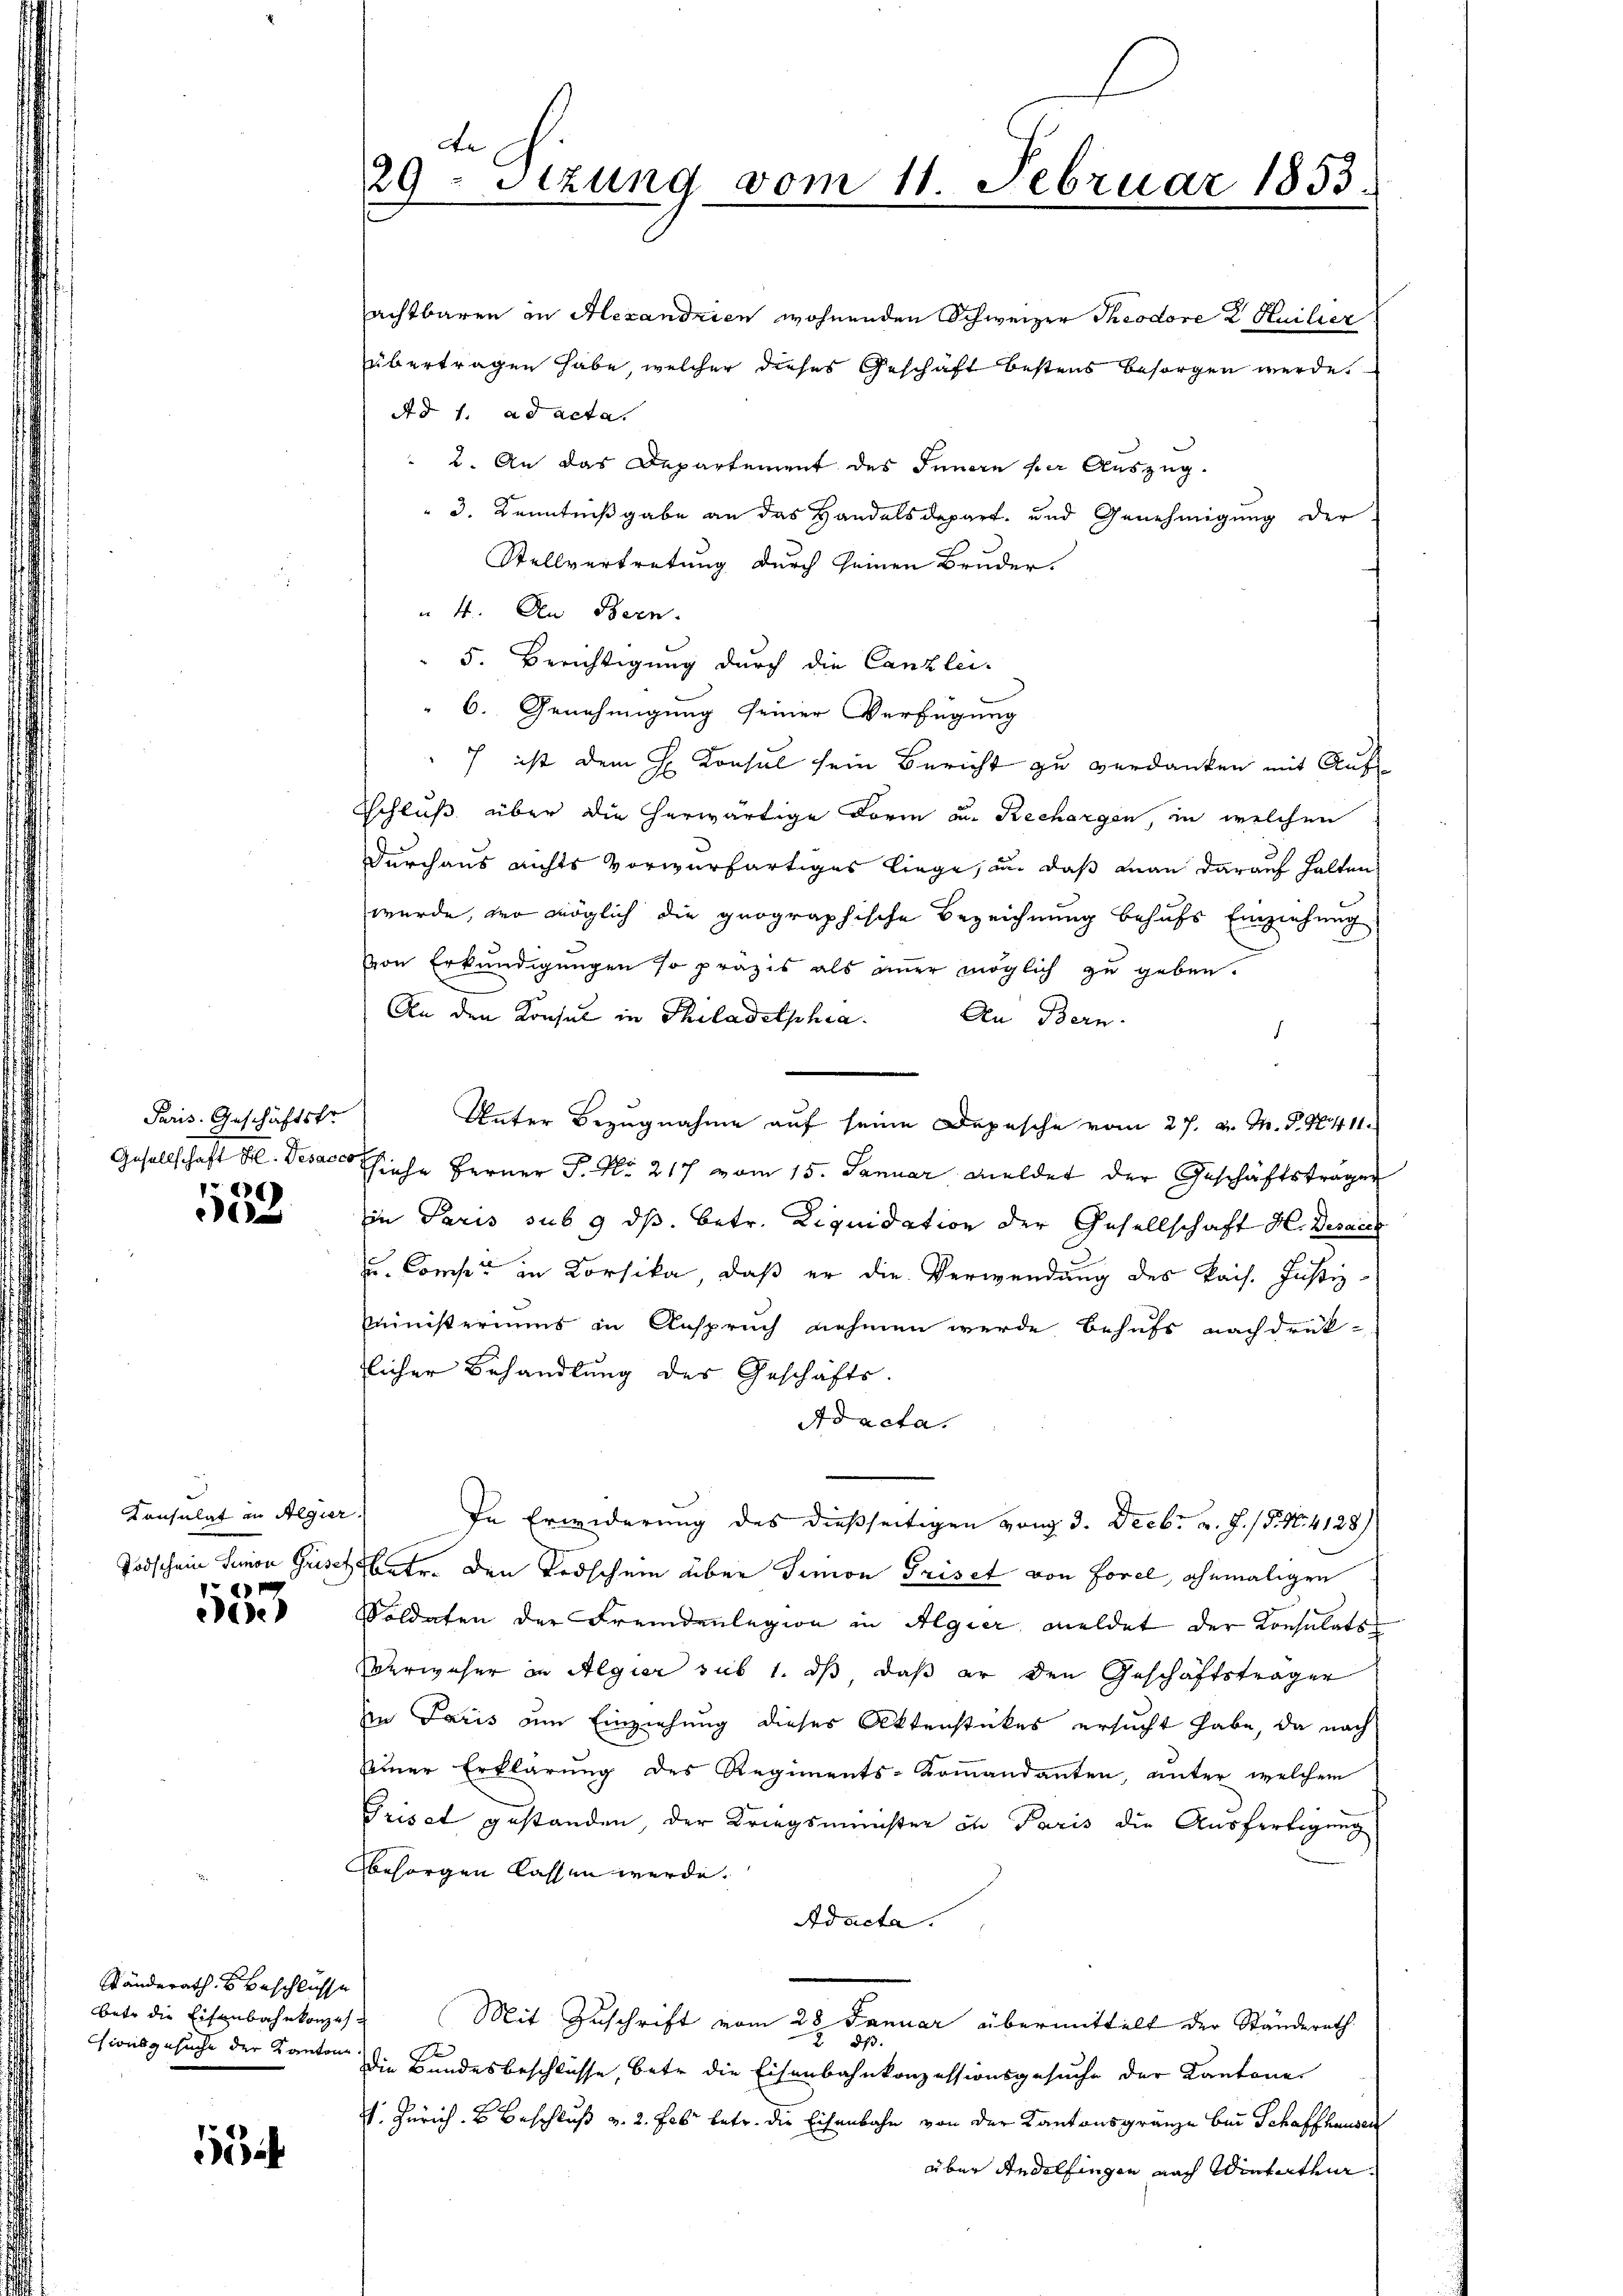
Paris. Geschäftstr
6

2

Konsulat an Algier.
1

eese

Ständeraths Beschlüsse
sionsgesuche der Kanton.

1

de
29 Stzung vom 11. Februar 1853.

achtbaren in Alexandrien wohnenden Schweizer Theodore D Huilier
übertragen habe, welcher dieses Geschäft bestens besorgen werde.
Ad 1. ad acta.
 2. An das Departement des Innern per Auszug.
 3. Kenntnißgabe an das Handelsdepart, und Genehmigung der
Stellvertretung durch seinen Bruder.
 4. An Bern.
5. Berichtigung durch die Canzlei-
" 6. Genehmigung seiner Verfügung
7 ist dem H. Konsul sein Bericht zu verdanken mit Auf
Eschluß über die herwärtige Form aus Rechargen, in welchen
durchaus nichts vorwerfertiges liege, und daß man darauf halten
wurde, wo möglich die geographische Bezeichnung behufs Einziehung
von Erkundigungen so präzis als immer möglich zu geben.
An den Konsul in Philadelphia
An Bern.
Unter Bezugnahme auf seine Depesche vom 27. v. M. P. 90411.
Gesellschaft H. Desae hiehe Berner P. Nr. 217 vom 15. Januar meldet der Geschäftstragen
in Paris sub 9 ds. betr. Liquidation der Gesellschaft H. Desaech
u. Comper in Korsika, daß er die Verwendung des Kais. Justiz-
Ministeriums in Anspruch nehmen werde behufs nachdruk-
licher Behandlung des Geschäfts
Ad acta.
In Erwiderung des dießseitigen von 3. Decbr. v. J. /. M. 4128/
Todschein Junion Grisch betr. den Todschein über Simon Priset von Forel, ehemaligen
Voldaten der Fremdenlegion in Algier meldet der Konsulats
Verweser in Algier sub 1. ds, daß er den Geschäftsträger
Ain Paris um Einziehung dieses Aktenstückes ersucht habe, da nach
seiner Erklärŭng des Regiments-Koṁandanten, ŭnter welchem
Priset gestanden, der Kriegsminister in Paris die Ausfertigung
besorgen lassen werde.
Adacta.
betr die Eisenbahnkones Mit Zuschrift vom 28 Januar übermittelt der Ständerath
2. ds
Die Bundesbeschlüsse, betr. die Eisenbahnkonzessionsgesuche der Kantone
. Zürich. Beschluß v. 2. Febr betr. die Eisenbahn von der Kantonsgränze bei Schaffhanden
über Andelfingen nach Winterthur.